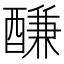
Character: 𨢑